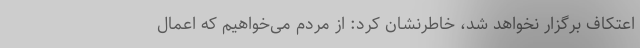
اعتکاف برگزار نخواهد شد، خاطرنشان کرد: از مردم می‌خواهیم که اعمال